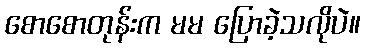
စောစောတုန်းက မမ ပြောခဲ့သလိုပဲ။